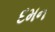
દમન